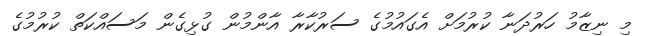
މި ނިޒާމު ހަރުދަނާ ކުރުމަށް އެގައުމުގެ ސަރުކާރާ އާންމުން ގުޅިގެން މަސައްކަތް ކުރުމުގެ